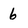
Character: 6